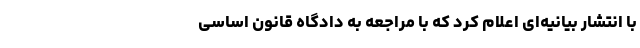
با انتشار بیانیه‌ای اعلام کرد که با مراجعه به دادگاه قانون اساسی